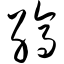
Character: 缟